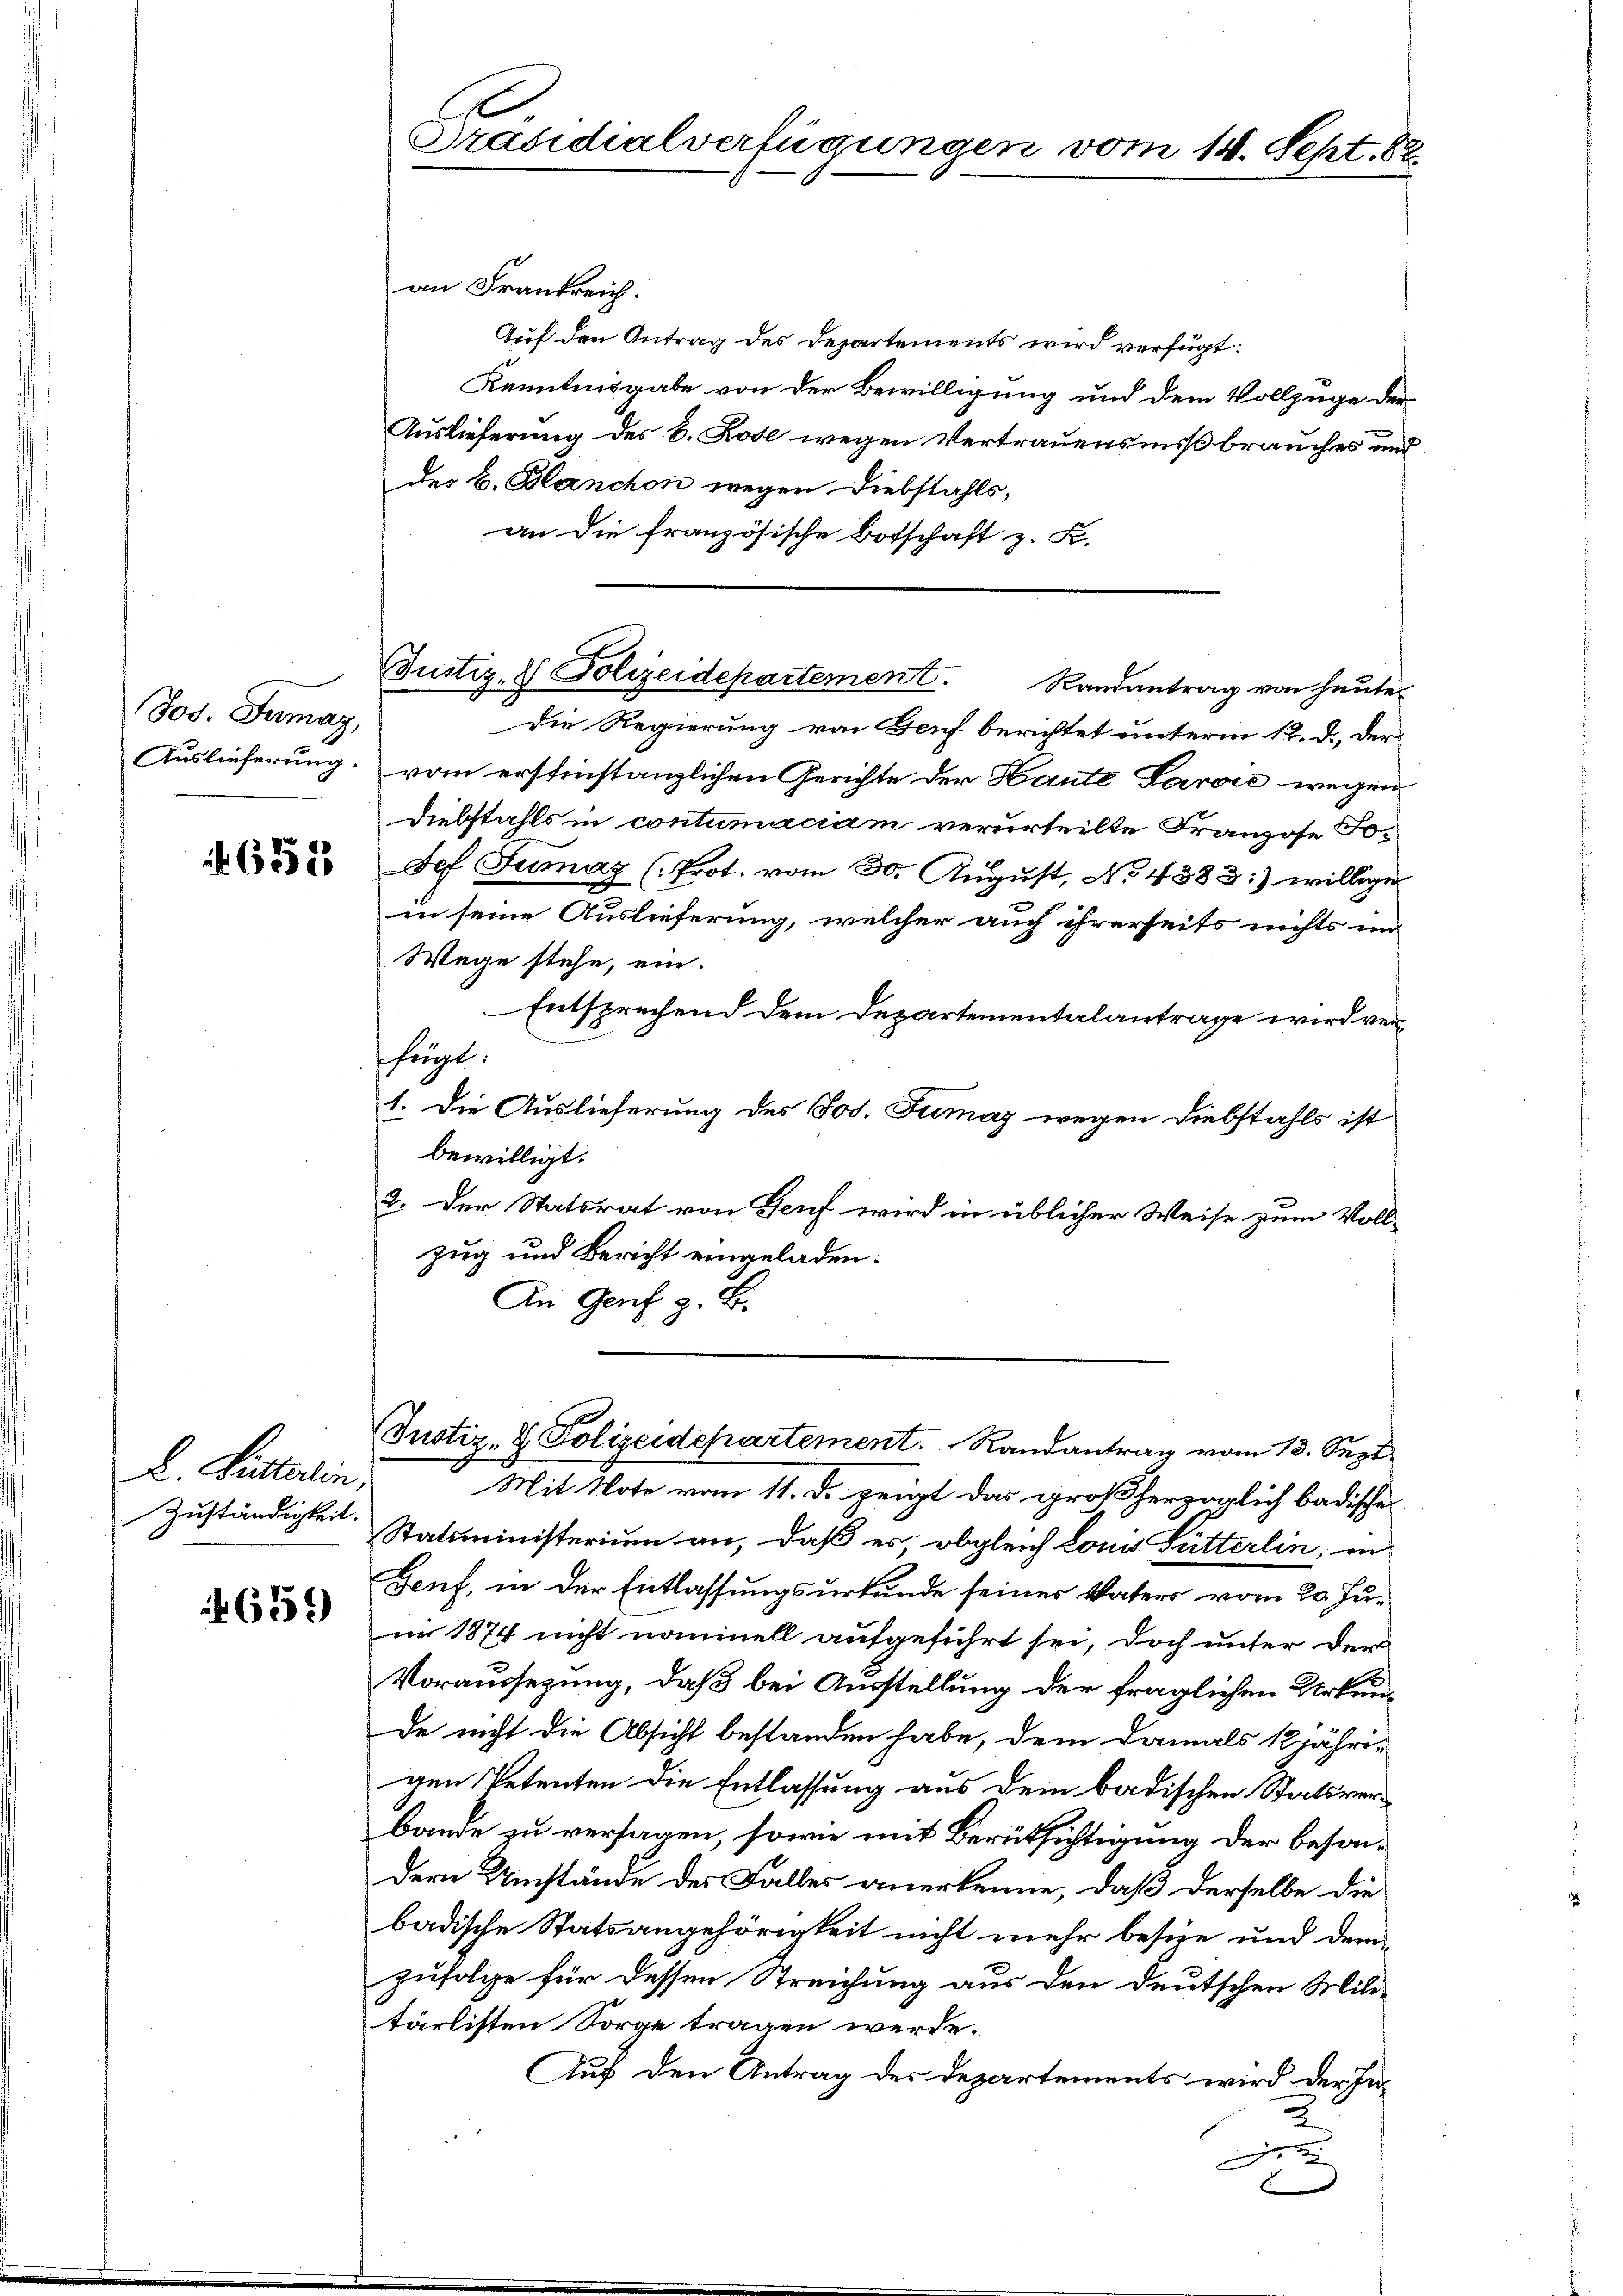
Jos. Tumaz,
Auslieferung.

6555

L. Litteren:
Zuständigkeit.

659)

Präsidialverfügungen vom 14. Sept. 82.

an Frankreich.
Auf den Antrag des Departements wird verfügt:
Kenntnisgabe von der Bewilligung und dem Vollzuge der
Auslieferung des B. Rote wegen Vertrauensnißbrauches und
des B. Blanchon wegen Diebstahls,
an die französische Botschaft z. K.
Die Regierung von Genf berichtet unterm 12. d. Der
vom erstinstanzlichen Gerichte der Haute Laraić wegen
Diebstahls in contumaciam verurteilte Franzose Fo¬
Sef Tumaz (Prot. vom 30. August, No. 4383:) willige
in seine Auslieferung, welcher auch ihrerseits nichts im
Wege stehe, ein.
Entsprechend dem Departementalantrage wird verfügt:
1. Die Auslieferung des Jos. Tumay wegen Diebstahls ist
bewilligt.
2. Der Statsrat von Genf wird in üblicher Weise zum Voll-
zug und Bericht eingeladen.
An Genf z. B.
(Justiz- & Polizeidepartement. Randantrag vom 13. Sept.
Mit Note vom 11. d. zeigt das großherzoglich badische
Statsministerium an, daß es, obgleich konis Fütterlin, in
Genf, in der Entlassungsurkunde seiner Vaters vom 20. Juur 1874 nicht nonnell aufgeführt sei, doch unter der
Voraussetzung, daß bei Ausstellung der fraglichen Urkunde nicht die Absicht bestanden habe, dem damals 12 jähri-
gen Petenten die Entlassung aus dem badischen Statsver-
bande zu versagen, sowie mit Berüksichtigung der besonder Umstände des Falles anerkenne, daß derselbe die
badische Statsangehörigkeit nicht mehr besie und demzufolge für dessen Streichung aus den deutschen Militärlisten Sorge tragen werde.
Auf den Antrag des Departements wird der In¬

Justiz- & Polizeidepartement. Randantrag von heute.